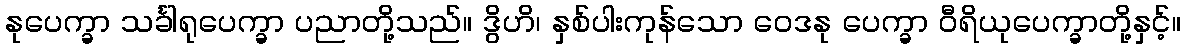
နုပေက္ခာ သင်္ခါရုပေက္ခာ ပညာတို့သည်။ ဒွိဟိ၊ နှစ်ပါးကုန်သော ဝေဒနု ပေက္ခာ ဝီရိယုပေက္ခာတို့နှင့်။